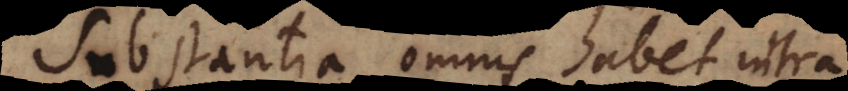
Substantia omnis habet intra